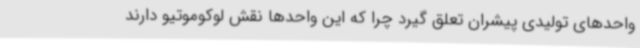
واحدهای تولیدی پیشران تعلق گیرد چرا که این واحدها نقش لوکوموتیو دارند